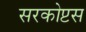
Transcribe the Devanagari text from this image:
सरकोप्टस